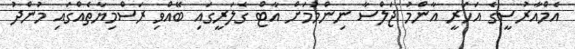
އެމްއާރުސީގެ އަހަރީ އާންމު ޖަލްސާ ނިންމުމަށް އާޓް ގެލަރީގައި ބޭއްވި ރަސްމިޔާތެއްގައި މުންދު